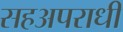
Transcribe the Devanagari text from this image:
सहअपराधी